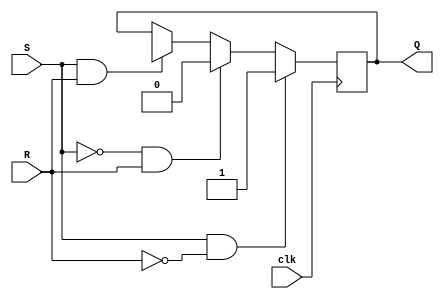
module sr_flipflop (
    input wire S, // Set input
    input wire R, // Reset input
    input wire clk, // Clock input
    output reg Q // Output
);

reg Q_bar;

always @(posedge clk) begin
    if (S && !R) begin
        Q <= 1'b1;
        Q_bar <= 1'b0;
    end else if (!S && R) begin
        Q <= 1'b0;
        Q_bar <= 1'b1;
    end else if (S && R) begin
        Q <= 1'bx;
        Q_bar <= 1'bx;
    end else begin
        Q <= Q;
        Q_bar <= Q_bar;
    end
end

endmodule